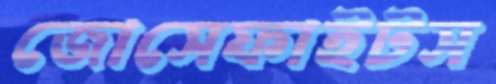
জোসেফাইটস